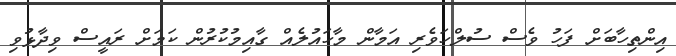
އިންތިހާބަށް ފަހު ވެސް ސުލްހަވެރި އަމާން މާހައުލެއް ގާއިމުކުރުން ކަމަށް ރައީސް ވިދާޅުވި